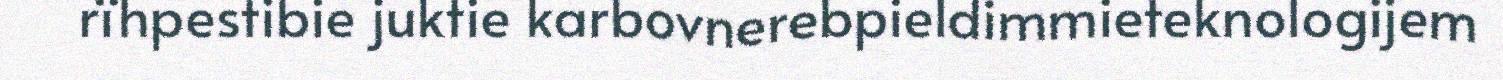
rïhpestibie juktie karbovnerebpieldimmieteknologijem